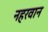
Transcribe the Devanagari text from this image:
नहरवान